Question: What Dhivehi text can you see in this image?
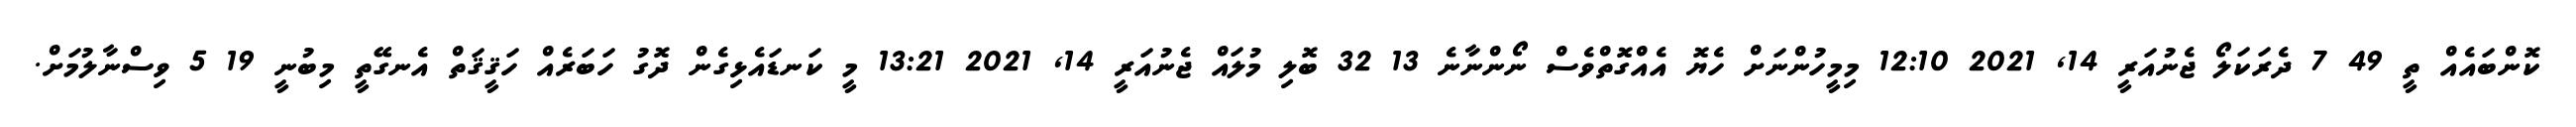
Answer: ކޮންބައެއް ތީ 49 7 ދެރަކަލޯ ޖެނުއަރީ 14, 2021 12:10 މިމީހުންނަށް ހެޔޮ އެއްގޮތްވެސް ނޯންނާނެ 13 32 ބޮލި މުލައް ޖެނުއަރީ 14, 2021 13:21 މީ ކަނޑައެޅިގެން ދޮގު ހަބަރެއް ހަޤީޤަތް އެނގޭތީ މިބުނީ 19 5 ވިސްނާލުމަށް.